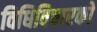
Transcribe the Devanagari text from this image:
विधिविचारकों